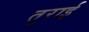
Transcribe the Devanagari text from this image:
तुराई